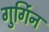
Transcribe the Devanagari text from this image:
गुर्गिन